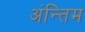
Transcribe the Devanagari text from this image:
अंन्‍तिम